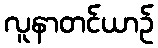
လူနာတင်ယာဉ်